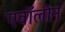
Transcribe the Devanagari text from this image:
एवॉलोन